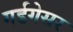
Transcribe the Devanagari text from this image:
गर्डगेसर